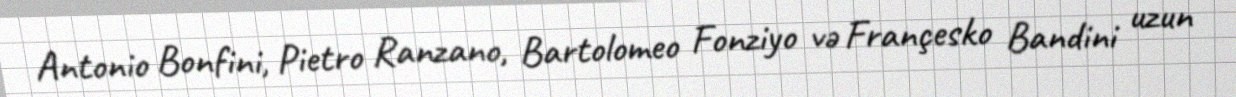
Antonio Bonfini, Pietro Ranzano, Bartolomeo Fonziyo və Françesko Bandini uzun